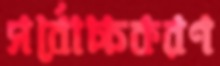
সর্বোচ্চকরণ